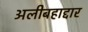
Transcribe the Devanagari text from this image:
अलीबहाद्दार